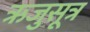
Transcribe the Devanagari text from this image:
ऋजुसूत्र